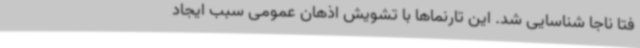
فتا ناجا شناسایی شد. این تارنماها با تشویش اذهان عمومی سبب ایجاد